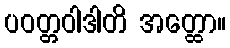
ပဝတ္တဝါဒါတိ အတ္ထော။